Lunatic asylums Madras 1877-1891 - 1877-1891
Year: 1877
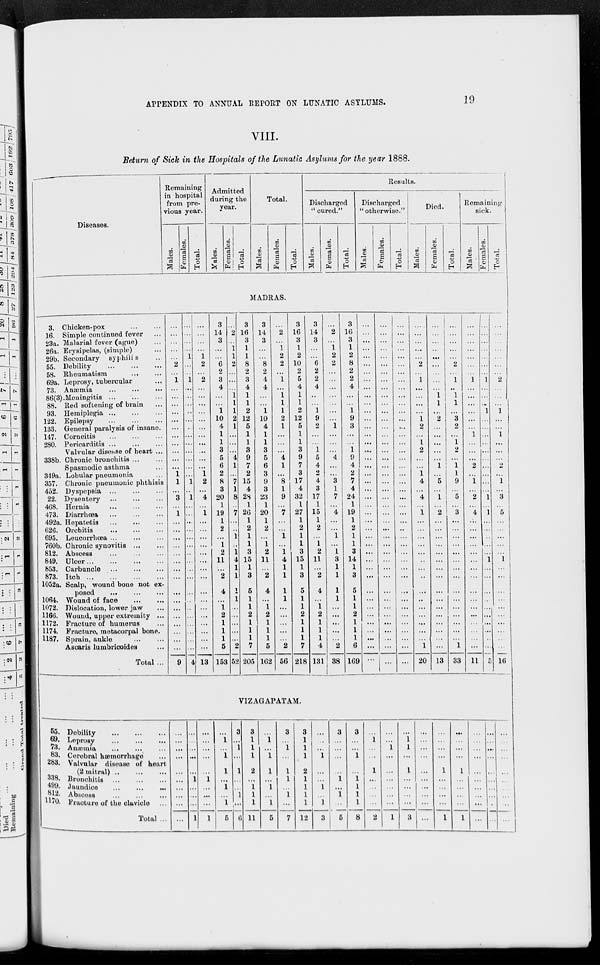
APPENDIX TO ANNUAL REPORT ON LUNATIC ASYLUMS.
19
VIII.
Return of Sick in the Hospitals of the Lunatic Asylums for the year 1888.
Diseases.
Remaining
in hospital
from pre-
vious year.
Males.
Females.
Total.
Admitted
during the
year.
Males.
Females.
Total.
Total.
Males.
Females.
Total.
Results.
Discharged
" cured."
Males.
Females.
Total.
Discharged
" otherwise."
Males.
Females.
Total.
Died.
Males.
Females.
Total.
Remaining
sick.
Males.
Females.
Total.
MADRAS.
3. Chicken-pox
...
...
16. Simple continued fever ...
23a. Malarial fever (ague) ...
26a. Erysipelas, (simple) ...
29b. Secondary syphilis ...
55. Debility
...
...
...
58. Rheumatism
...
...
69a. Leprosy, tubercular ...
73. Anæmia
...
...
...
86(3). Meningitis
...
...
...
88. Red softening of brain ...
93. Hemiplegia
...
...
...
122. Epilepsy
...
...
...
133. General paralysis of insane.
147. Corneitis
...
...
...
280. Pericarditis
...
...
...
Valvular disense of heart ...
338b. Chronic bronchitis ... ...
Spasmodic asthma ...
349a. Lobular pneumonia ...
357. Chronic pneumonic phthisis
452. Dyspepsia
...
...
...
22. Dysentery
...
...
...
468. Hernia
...
...
...
473. Diarrhoea
...
...
...
492a. Hepatetis
...
...
...
626. Orchitis
...
...
...
695. Leucorrhœa
...
...
...
760b. Chronic synovitis
...
...
812. Abscess
...
...
...
849. Ulcer
...
...
...
...
853. Carbuncle ... ... ... ...
873. Itch
...
...
...
...
1052a. Scalp, wound bone not ex-
posed
...
...
..
1064. Wound of face
...
...
1072. Dislocation, lower jaw ...
1166. Wound, upper extremity ..
1172. Fracture of humerus ...
1174. Fracture, metacorpal bone.
1187. Sprain, ankle
...
...
Ascaris lumbricoides ...
Total ...
...
...
...
...
...
2
...
1
...
...
...
...
...
...
...
...
...
...
...
1
1
...
3
...
1
...
...
...
...
...
...
...
...
...
...
...
...
...
...
...
...
9
...
...
...
...
1
...
...
1
...
...
...
...
...
...
...
...
...
...
...
...
1
...
1
...
...
...
...
...
...
...
...
...
...
...
...
...
...
...
...
...
...
4
...
...
...
...
1
2
...
2
...
...
...
...
...
...
...
...
...
...
...
1
2
...
4
...
1
...
...
...
...
...
...
...
...
...
...
...
...
...
...
...
...
18
3
14
3
...
6
2
3
4
...
...
1
10
4
1
1
3
5
6
2
8
3
20
1
19
1
2
...
1
2
11
...
2
4
...
1
2
1
1
1
5
153
...
2
...
1
1
2
...
...
...
1
1
1
2
1
...
...
...
4
1
...
7
1
8
...
7
...
...
1
...
1
4
1
1
1
1
...
...
...
...
...
2
52
3
16
3
1
1
8
2
3
4
1
1
2
12
5
1
1
3
9
7
2
15
4
28
1
26
1
2
1
1
3
15
1
3
5
1
1
2
1
1
1
7
205
3
14
3
...
... 8
2
4
4
...
...
1
10
4
1
1
3
5
6
3
9
3
23
1
20
1
2
...
1
2
11
...
2
4
...
1
2
1
1
1
5
162
...
2
...
1
2
2
...
1
...
1
1
1
2
1
...
...
...
4
1
...
8
1
9
...
7
...
...
1
...
1
4
1
1
1
1
...
...
...
...
...
2
56
3
16
3
1
2
10
2
5
4
1
1
2
12
5
1
1
3
9
7
3
17
4
32
1
27
1
2
1
1
3
15
1
3
5
1
1
2
1
1
1
7
218
3
14
3
...
... 6
2
2
4
...
...
1
9
2
...
...
1 5
4
2
4
3
17
1
15
1
2
...
1
2
11
...
2
4
...
1
2
1
1
1
4
131
...
2
...
1
2
2
...
...
...
...
...
...
...
1
...
...
...
4
...
...
3
1
7
...
4
...
...
1
...
1
3
1
1
1
1
...
...
...
...
...
2
38
3
16
3
1
2
8
2
2
4
...
...
1
9
3
...
...
1
9
4
2
7
4
24
1
19
1
2
1
1
3
14
1
3
5
1
1
2
1
1
1
6
169
...
...
...
...
...
...
...
...
...
...
...
...
...
...
...
...
...
...
...
...
...
...
...
...
...
...
...
...
...
...
...
...
...
...
...
...
...
...
...
...
...
...
...
...
...
...
...
...
...
...
...
...
...
...
...
...
...
...
...
...
...
...
...
...
...
...
...
...
...
...
...
...
...
...
...
...
...
...
...
...
...
...
...
...
...
...
...
...
...
...
...
...
...
...
...
...
...
...
...
...
...
...
...
...
...
...
...
...
...
...
..
...
...
...
...
...
...
...
...
...
...
...
...
...
...
...
...
...
...
...
...
2
...
1
...
...
...
...
1
2
...
1
2
...
...
1
4
...
4
...
1
...
...
...
...
...
...
...
...
.. .
....
...
...
...
...
...
1
20
...
...
...
...
...
...
...
...
...
1
1
...
2
...
...
...
...
...
1
...
5
...
1
...
2
...
...
...
...
...
...
...
...
...
...
...
...
...
...
...
...
13
...
...
...
...
...
2
...
1
...
1
1
...
3
2
...
1
2
...
1
1
9
...
5
...
3
...
...
...
...
...
...
...
...
...
...
...
...
...
...
...
1
33
...
...
...
...
...
...
...
1
...
...
...
...
...
...
1
...
...
...
2
...
1
...
2
...
4
...
...
...
...
...
...
...
...
...
...
...
...
...
...
...
...
11
...
...
...
...
...
...
..
1
...
...
...
1
...
...
...
...
...
...
...
...
...
...
1
...
1
....
...
...
...
...
1
...
...
...
...
...
...
...
...
...
...
5
...
...
...
...
... ...
...
2
...
...
...
1 ...
...
1
...
...
...
2
...
1
...
3
...
5
...
...
...
...
...
1
...
...
...
...
...
...
...
...
...
...
16
VIZAGAPATAM.
55. Debility
...
...
...
69. Leprosy
...
...
...
78. Anæmia ... ... ...
83. Cerebral hæmorrhage ...
283. Valvular disease of heart
(2 mitral)
...
...
...
338.
Bronchitis ... ... ...
499. Jaundice
...
...
...
812. Abscess
...
...
...
1170. Fracture of the clavicle ..
Total ...
...
...
...
...
...
...
...
...
...
...
...
...
...
...
...
1
...
...
...
1
...
...
...
...
...
1
...
...
...
1
...
1
...
1
1
...
1
...
1
5
3
...
1
...
1
...
...
1
...
6
3
1
1
1
2
...
1
1 1
11
...
1
...
1
1
...
1
1
1
5
3
...
1
...
1
1
...
1
...
7
3
1
1
1
2
1
1
1
1
12
...
...
...
1
...
...
1
...
1
3
3
...
...
....
...
1
...
1
...
5
3
...
...
1
...
1
1
1
1
8
...
1
...
...
1
...
...
...
...
2
...
...
1
...
...
...
...
...
...
1
...
1 1
...
1
...
...
...
...
3
...
...
...
...
...
...
...
...
...
...
...
...
...
...
1
...
...
...
...
1
...
...
...
...
1
...
...
...
...
1
...
...
...
...
...
...
...
...
...
...
...
...
...
...
...
...
...
...
...
...
...
...
...
...
...
...
...
...
...
...